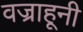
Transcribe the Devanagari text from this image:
वज्राहूनी